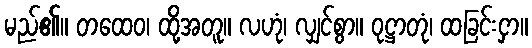
မည်၏။ တထေဝ၊ ထို့အတူ။ လဟုံ၊ လျှင်စွာ။ ဝုဋ္ဌာတုံ၊ ထခြင်းငှာ။